Report of the Municipal Commissioner on the plague in Bombay for the year ending 31st May... - Volume 2
Disease focus: Plague
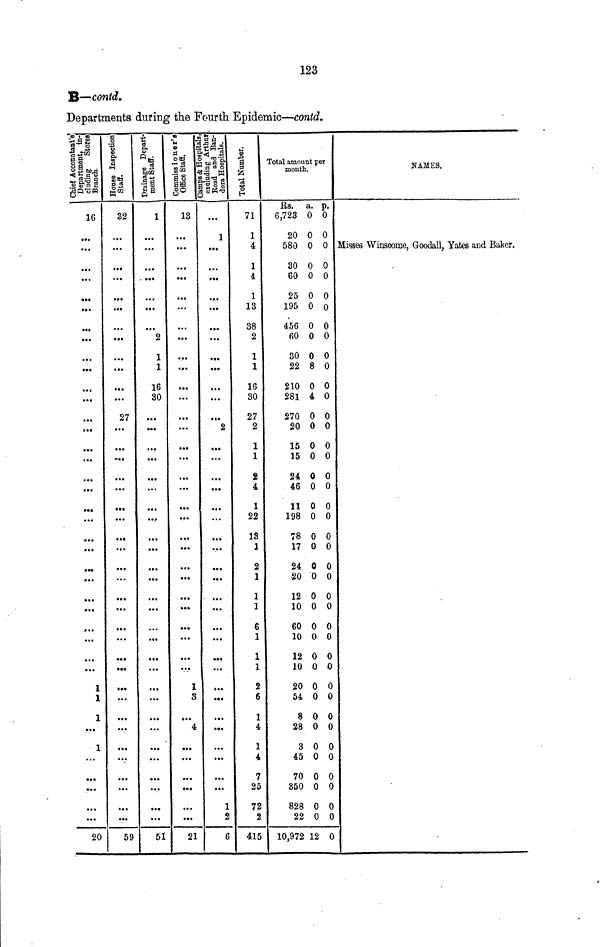
123
B—contd.
Departments during the Fourth Epidemic—contd.
*» o g
%'" ®
fl-S ro
tj a
sl "S bo.4
2 HI
!s & B 2
go-sw
26
• ••
•»•
• • •
1
1
1
»••
1
20
1 u
03
&
fl
(Ulxi
a 83
0 «
te^3
2
• ••
• ••
27
•••
•••
59
I &
fit s
m -*J
bOCQ
!1
1
2
1
1
16
30
• ••
...
...
51
«
t
•<
-<
«
*
« .
0«tt
'S-S c
SOQ .
»,
13
•••
•••
•••
1
3
4
21
SB h
W*4 Z3 . -§
ag'll
e'-S^W
|!ll
1
«••
•••
...
2
•••
•••
1
2
6
M
1
fc
'is
5
71
1
4
1
4
1
13
38
2
1
1
16
30
27
2
1
1
2
4
1
22
13
1
2
1
1
1
6
1
1
1
2
6
1
4
1
4
7
25
72
2
415
Total amount per
month.
Rs. a. p.
6,723 0 0
20 0 0
580 0 0
30 0 0
60 0 0
25 0 0
195 0 o
456 0 0
60 0 0
30 0 0
22 8 0
210 0 0
281 4 0
270 0 0
20 0 0
15 0 0
15 0 0
24 0 0
46 0 0
11 0 0
198 0 0
78 0 0
17 0 0
24 0 0
20 0 0
12 0 0
10 0 0
60 0 0
10 0 0
12 0 0
10 0 0
20 0 0
54 0 0
8 0 0
28 0 0
3 0 0
45 0 0
70 0 0
850 0 0
828 0 0
22 0 0
10,972 12 0
NAMES.
Migses Wiusoome, Goodall, Yates and Baker,